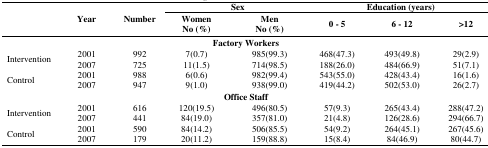
| <ROWSPAN=3>  | <ROWSPAN=3> Year | <ROWSPAN=3> Number | <COLSPAN=2> Sex | <COLSPAN=3> Education (years) |
 | Women No (%) | Men No (%) | 0 – 5 | 6 – 12 | >12 |
 | --- | --- | --- | --- | --- | --- | --- | --- |
 | <COLSPAN=8> Factory Workers |
 | <ROWSPAN=2> Intervention | 2001 | 992 | 7(0.7) | 985(99.3) | 468(47.3) | 493(49.8) | 29(2.9) |
 | 2007 | 725 | 11(1.5) | 714(98.5) | 188(26.0) | 484(66.9) | 51(7.1) |
 | <ROWSPAN=2> Control | 2001 | 988 | 6(0.6) | 982(99.4) | 543(55.0) | 428(43.4) | 16(1.6) |
 | 2007 | 947 | 9(1.0) | 938(99.0) | 419(44.2) | 502(53.0) | 26(2.7) |
 | <COLSPAN=8> Office Staff |
 | <ROWSPAN=2> Intervention | 2001 | 616 | 120(19.5) | 496(80.5) | 57(9.3) | 265(43.4) | 288(47.2) |
 | 2007 | 441 | 84(19.0) | 357(81.0) | 21(4.8) | 126(28.6) | 294(66.7) |
 | <ROWSPAN=2> Control | 2001 | 590 | 84(14.2) | 506(85.5) | 54(9.2) | 264(45.1) | 267(45.6) |
 | 2007 | 179 | 20(11.2) | 159(88.8) | 15(8.4) | 84(46.9) | 80(44.7) |